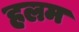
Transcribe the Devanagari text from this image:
हलम